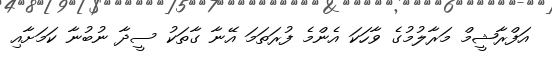
އަފްރާޝީމް މަރާލުމުގެ ވާހަކަ އެންމެ ފުރަތަމަ އޭނާ ގާތަކު ސީދާ ނުބުނާ ކަމަށާއި